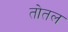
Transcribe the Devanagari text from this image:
तोतल